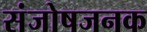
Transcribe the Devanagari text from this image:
संजोषजनक